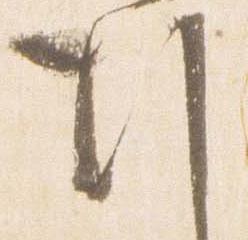
行